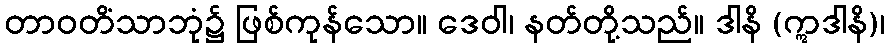
တာဝတိံသာဘုံ၌ ဖြစ်ကုန်သော။ ဒေဝါ၊ နတ်တို့သည်။ ဒါနိ (ဣဒါနိ)၊